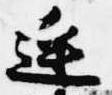
連